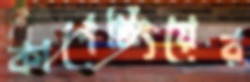
কার্পেটিংয়ের